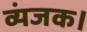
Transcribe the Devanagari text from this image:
व्यंजक।